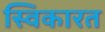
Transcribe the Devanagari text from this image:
स्विकारत